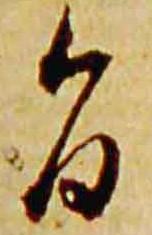
旨